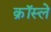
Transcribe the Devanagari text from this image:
क्रॉस्ले